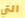
التي